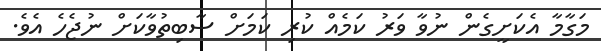
މަގާމާ އެކަށީގެން ނުވާ ވަރު ކަމެއް ކުރި ކަމަށް ސާބިތުވާކަށް ނުޖެހެ އެވެ.